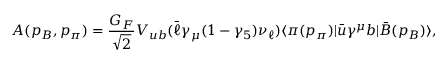
{ \cal A } ( p _ { B } , p _ { \pi } ) = \frac { G _ { F } } { \sqrt { 2 } } V _ { u b } ( \bar { \ell } \gamma _ { \mu } ( 1 - \gamma _ { 5 } ) \nu _ { \ell } ) \langle \pi ( p _ { \pi } ) | \bar { u } \gamma ^ { \mu } b | \bar { B } ( p _ { B } ) \rangle ,